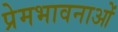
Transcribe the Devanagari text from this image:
प्रेमभावनाओं